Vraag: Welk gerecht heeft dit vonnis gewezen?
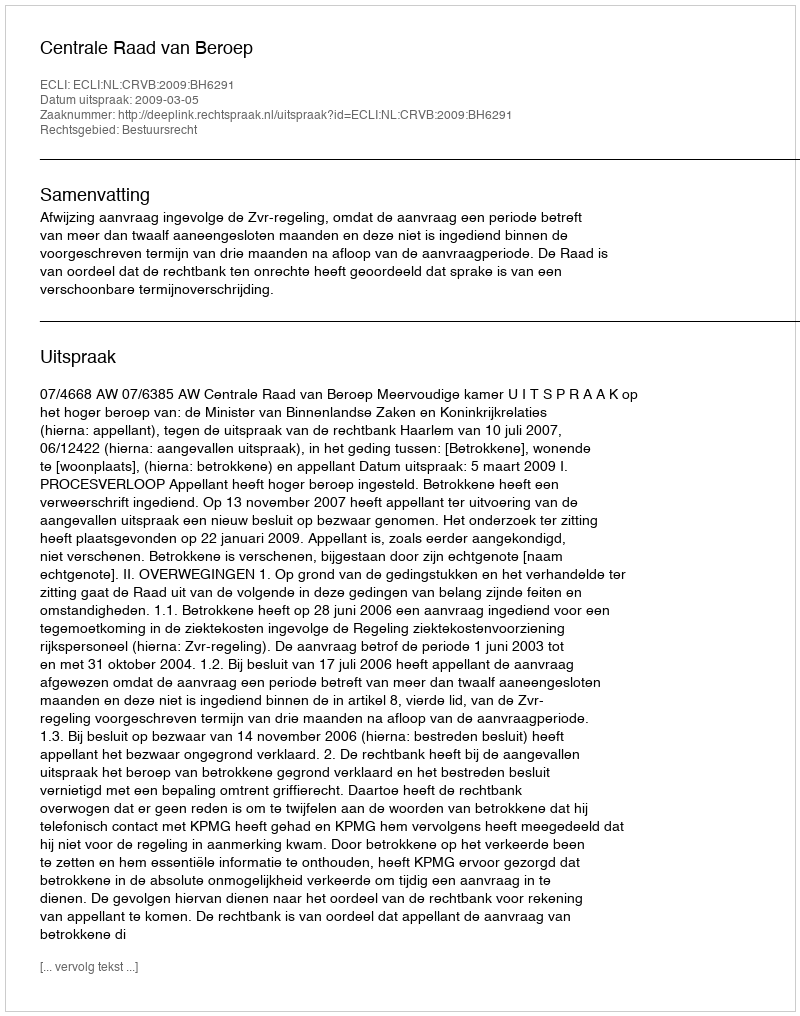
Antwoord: Centrale Raad van Beroep